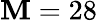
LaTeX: \mathbf{M}=28